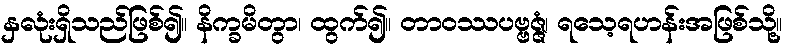
နှလုံးရှိသည်ဖြစ်၍။ နိက္ခမိတွာ၊ ထွက်၍။ တာဝဿပဗ္ဗဇ္ဇံ၊ ရသေ့ရဟန်းအဖြစ်သို့။